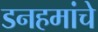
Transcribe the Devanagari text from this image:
डनहमांचे